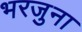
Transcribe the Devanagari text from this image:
भरजुना